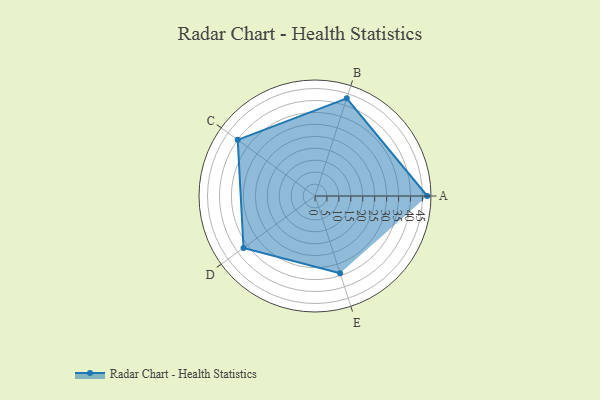
{"axis": {"x": "Skill", "y": "Score"}, "legend": ["Profile"], "data": [{"x": "A", "y": 47.0, "type": "Profile"}, {"x": "B", "y": 43.0, "type": "Profile"}, {"x": "C", "y": 40.0, "type": "Profile"}, {"x": "D", "y": 37.0, "type": "Profile"}, {"x": "E", "y": 34.0, "type": "Profile"}]}